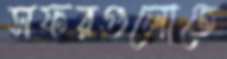
সফরগুলোতে